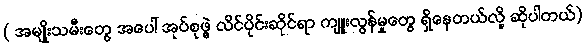
( အမျိုးသမီးတွေ အပေါ် အုပ်စုဖွဲ့ လိင်ပိုင်းဆိုင်ရာ ကျူးလွန်မှုတွေ ရှိနေတယ်လို့ ဆိုပါတယ်)